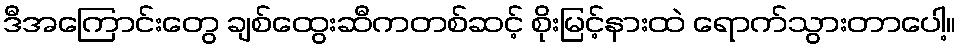
ဒီအကြောင်းတွေ ချစ်ထွေးဆီကတစ်ဆင့် စိုးမြင့်နားထဲ ရောက်သွားတာပေါ့။